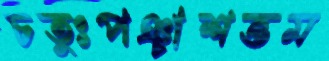
চতুঃপঞ্চাশত্তম